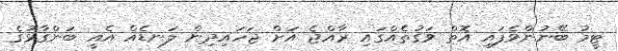
ޓީމު ބޭނުންވެފައި އޮތް ވަގުތެއްގައި ރާއްޖެ އަށް ޖަހައިދިން ލަނޑެއް އެއީ ބަންގާޅުގެ